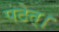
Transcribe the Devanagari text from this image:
पठेत्‌।